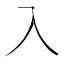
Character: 入